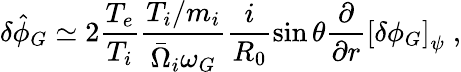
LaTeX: \delta\hat{\phi}_{G}\simeq 2\frac{T_{e}}{T_{i}}\frac{T_{i}/m_{i}}{\bar{\Omega}_{i}\omega_{G}}\frac{i}{R_{0}}\sin\theta\frac{\partial}{\partial r}\left[\delta\phi_{G}\right]_{\psi}\; ,